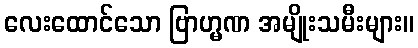
လေးထောင်သော ဗြာဟ္မဏ အမျိုးသမီးများ။